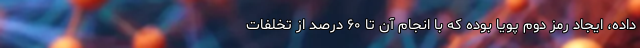
داده، ایجاد رمز دوم پویا بوده که با انجام آن تا ۶۰ درصد از تخلفات